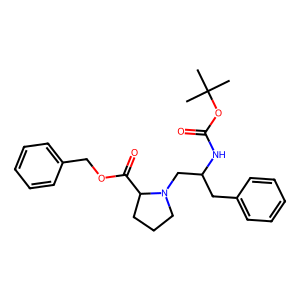
SMILES: CC(C)(C)OC(=O)NC(Cc1ccccc1)CN1CCCC1C(=O)OCc1ccccc1
Inhibits HIV replication: No